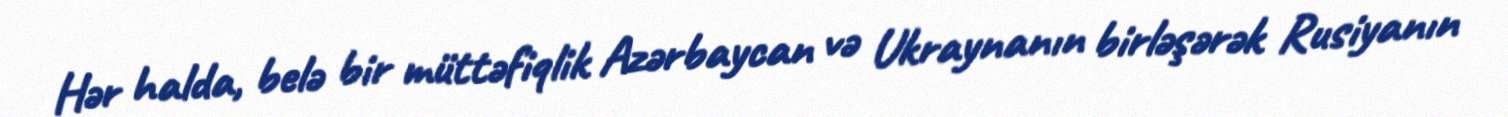
Hər halda, belə bir müttəfiqlik Azərbaycan və Ukraynanın birləşərək Rusiyanın